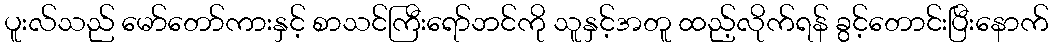
ပူးလ်သည် မော်တော်ကားနှင့် စာသင်ကြီးရော်ဘင်ကို သူနှင့်အတူ ထည့်လိုက်ရန် ခွင့်တောင်းပြီးနောက်